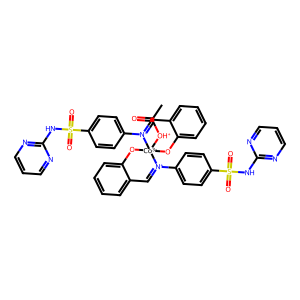
SMILES: CC(=O)[OH+][Co-3]12(Oc3ccccc3C=[N+]1c1ccc(S(=O)(=O)Nc3ncccn3)cc1)Oc1ccccc1C=[N+]2c1ccc(S(=O)(=O)Nc2ncccn2)cc1
Inhibits HIV replication: No